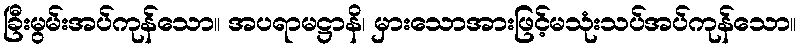
ခြီးမွမ်းအပ်ကုန်သော။ အပရာမဋ္ဌာနိ၊ မှားသောအားဖြင့်မသုံးသပ်အပ်ကုန်သော။